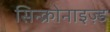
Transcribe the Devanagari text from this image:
सिन्क्रोनाइज़्ड